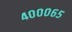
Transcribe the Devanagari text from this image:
४०००६५